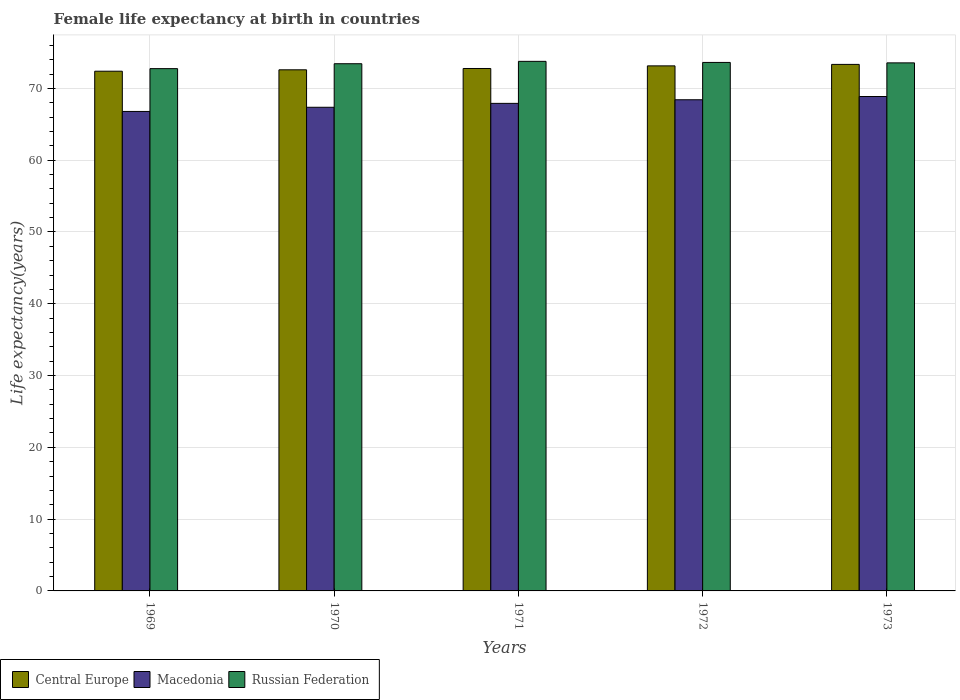
| Years | Central Europe | Macedonia | Russian Federation |
 | --- | --- | --- | --- |
 | 1969 | 72.4 | 66.8 | 72.8 |
 | 1970 | 72.6 | 67.4 | 73.4 |
 | 1971 | 72.8 | 67.9 | 73.8 |
 | 1972 | 73.1 | 68.4 | 73.6 |
 | 1973 | 73.3 | 68.9 | 73.6 |